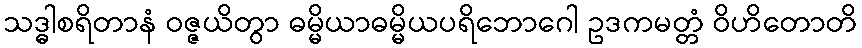
သဒ္ဓါစရိတာနံ ဝဇ္ဇယိတွာ ဓမ္မိယာဓမ္မိယပရိဘောဂေါ ဥဒကမတ္တံ ဝိဟိတောတိ